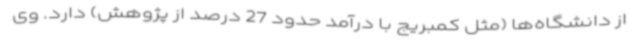
از دانشگاه‌ها (مثل کمبریج با درآمد حدود 27 درصد از پژوهش) دارد. وی